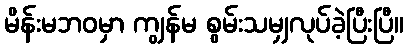
မိန်းမဘဝမှာ ကျွန်မ စွမ်းသမျှလုပ်ခဲ့ပြီးပြီ။